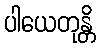
ပါယေတုန္တိ